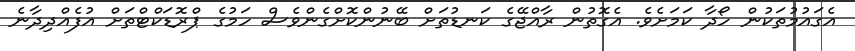
އެގައުމުތަކުން ހޯދާ ކަމަށެވެ. އެގޮތުން ރާއްޖޭގެ ކަނޑުތަށް ބޭނުންކޮށްގެންވެސް ހަމުގެ ޕްރޮޑަކްޓްތަށް އުފެއްދިދާނެ